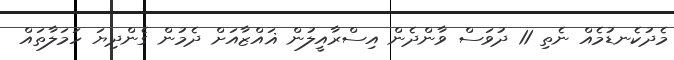
މެދުކެނޑުމެއް ނެތި 11 ދުވަސް ވާންދެން އިސްރާއީލުން ޣައްޒާއަށް ދެމުން ގެންދިޔަ ހަމަލާތައް